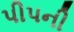
પીપની